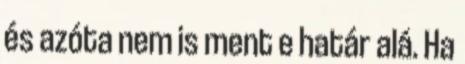
és azóta nem is ment e határ alá. Ha